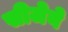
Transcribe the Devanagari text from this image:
सीजेने